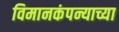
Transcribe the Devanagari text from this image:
विमानकंपन्याच्या